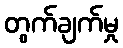
တွက်ချက်မှု